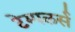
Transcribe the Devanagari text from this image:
टेम्पलर्स